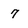
Character: 7